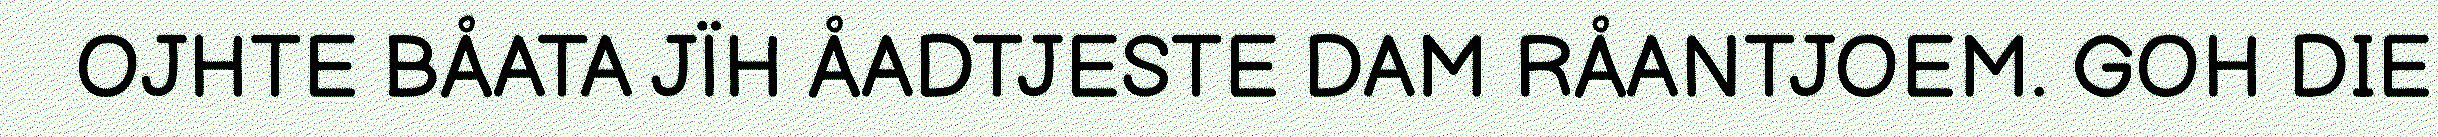
OJHTE BÅATA JÏH ÅADTJESTE DAM RÅANTJOEM. GOH DIE